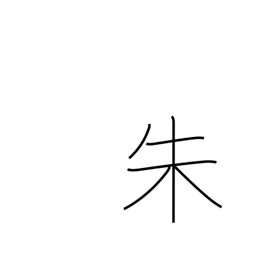
Meaning: scarlet